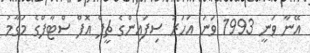
އޭނާ ވަނީ 1993 ވަނަ އަހަރު ސިފައިންގެ ޗީފް އޮފް ސްޓާފްގެ މަގާމު